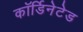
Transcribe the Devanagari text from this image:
कॉर्डिनेटेड